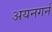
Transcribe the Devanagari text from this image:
अयनगर्न